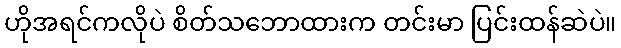
ဟိုအရင်ကလိုပဲ စိတ်သဘောထားက တင်းမာ ပြင်းထန်ဆဲပဲ။